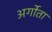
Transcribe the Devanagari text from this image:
अर्गोता